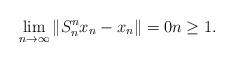
LaTeX: \begin{align*}\lim_{n\rightarrow \infty }\left\Vert S_{n}^{n}x_{n}-x_{n}\right\Vert =0n\geq 1. \end{align*}